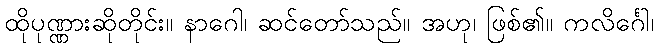
ထိုပုဏ္ဏားဆိုတိုင်း။ နာဂေါ၊ ဆင်တော်သည်။ အဟု၊ ဖြစ်၏။ ကလိင်္ဂေါ၊